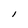
Character: I